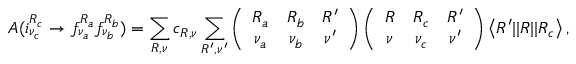
{ \cal A } ( i _ { \nu _ { c } } ^ { R _ { c } } \rightarrow f _ { \nu _ { a } } ^ { R _ { a } } f _ { \nu _ { b } } ^ { R _ { b } } ) = \sum _ { R , \nu } c _ { R , \nu } \sum _ { R ^ { \prime } , \nu ^ { \prime } } \left( \begin{array} { c c c } { { R _ { a } } } & { { R _ { b } } } & { { R ^ { \prime } } } \\ { { \nu _ { a } } } & { { \nu _ { b } } } & { { \nu ^ { \prime } } } \end{array} \right) \left( \begin{array} { c c c } { { R } } & { { R _ { c } } } & { { R ^ { \prime } } } \\ { { \nu } } & { { \nu _ { c } } } & { { \nu ^ { \prime } } } \end{array} \right) \left< R ^ { \prime } | | R | | R _ { c } \right> ,